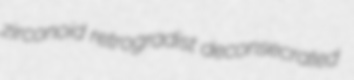
zirconoid retrogradist deconsecrated